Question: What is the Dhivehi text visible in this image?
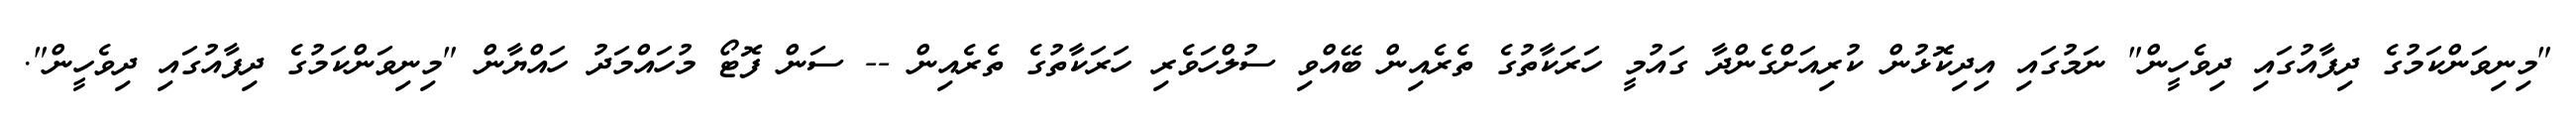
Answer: "މިނިވަންކަމުގެ ދިފާއުގައި ދިވެހީން" ނަމުގައި އިދިކޮޅުން ކުރިއަށްގެންދާ ގައުމީ ހަރަކާތުގެ ތެރެއިން ބޭއްވި ސުލްހަވެރި ހަރަކާތުގެ ތެރެއިން -- ސަން ފޮޓޯ މުހައްމަދު ހައްޔާން "މިނިވަންކަމުގެ ދިފާއުގައި ދިވެހީން".